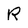
Character: R